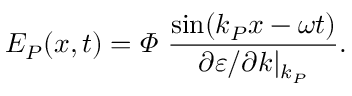
E _ { P } ( x , t ) = \varPhi \ \frac { \sin ( k _ { P } x - \omega t ) } { \partial \varepsilon / \partial k | _ { k _ { P } } } .